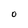
Character: 0